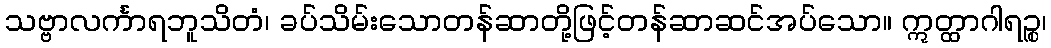
သဗ္ဗာလင်္ကာရဘူသိတံ၊ ခပ်သိမ်းသောတန်ဆာတို့ဖြင့်တန်ဆာဆင်အပ်သော။ ဣတ္ထာဂါရဉ္စ၊